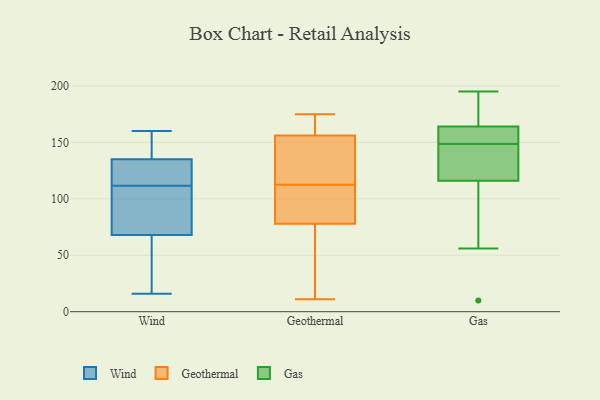
{"axis": {"x": "Bounce Rate (%)", "y": "Value"}, "legend": ["Gas", "Geothermal", "Wind"], "data": [{"x": "", "y": 24, "type": "Wind"}, {"x": "", "y": 122, "type": "Wind"}, {"x": "", "y": 66, "type": "Wind"}, {"x": "", "y": 137, "type": "Wind"}, {"x": "", "y": 98, "type": "Wind"}, {"x": "", "y": 105, "type": "Wind"}, {"x": "", "y": 132, "type": "Wind"}, {"x": "", "y": 118, "type": "Wind"}, {"x": "", "y": 137, "type": "Wind"}, {"x": "", "y": 78, "type": "Wind"}, {"x": "", "y": 122, "type": "Wind"}, {"x": "", "y": 59, "type": "Wind"}, {"x": "", "y": 81, "type": "Wind"}, {"x": "", "y": 135, "type": "Wind"}, {"x": "", "y": 68, "type": "Wind"}, {"x": "", "y": 16, "type": "Wind"}, {"x": "", "y": 160, "type": "Wind"}, {"x": "", "y": 147, "type": "Wind"}, {"x": "", "y": 78, "type": "Geothermal"}, {"x": "", "y": 129, "type": "Geothermal"}, {"x": "", "y": 175, "type": "Geothermal"}, {"x": "", "y": 11, "type": "Geothermal"}, {"x": "", "y": 156, "type": "Geothermal"}, {"x": "", "y": 88, "type": "Geothermal"}, {"x": "", "y": 156, "type": "Geothermal"}, {"x": "", "y": 96, "type": "Geothermal"}, {"x": "", "y": 153, "type": "Geothermal"}, {"x": "", "y": 14, "type": "Geothermal"}, {"x": "", "y": 146, "type": "Gas"}, {"x": "", "y": 10, "type": "Gas"}, {"x": "", "y": 154, "type": "Gas"}, {"x": "", "y": 105, "type": "Gas"}, {"x": "", "y": 163, "type": "Gas"}, {"x": "", "y": 165, "type": "Gas"}, {"x": "", "y": 116, "type": "Gas"}, {"x": "", "y": 155, "type": "Gas"}, {"x": "", "y": 150, "type": "Gas"}, {"x": "", "y": 188, "type": "Gas"}, {"x": "", "y": 103, "type": "Gas"}, {"x": "", "y": 164, "type": "Gas"}, {"x": "", "y": 147, "type": "Gas"}, {"x": "", "y": 56, "type": "Gas"}, {"x": "", "y": 195, "type": "Gas"}, {"x": "", "y": 180, "type": "Gas"}, {"x": "", "y": 125, "type": "Gas"}, {"x": "", "y": 117, "type": "Gas"}]}